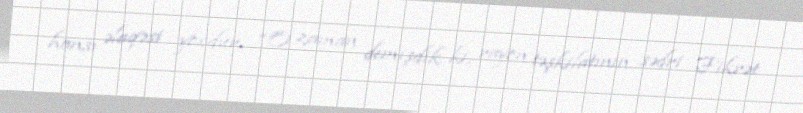
hansı əlaqəsi yoxdur: “O zaman demişdik ki, rayon təşkilatının sədri Fikrət